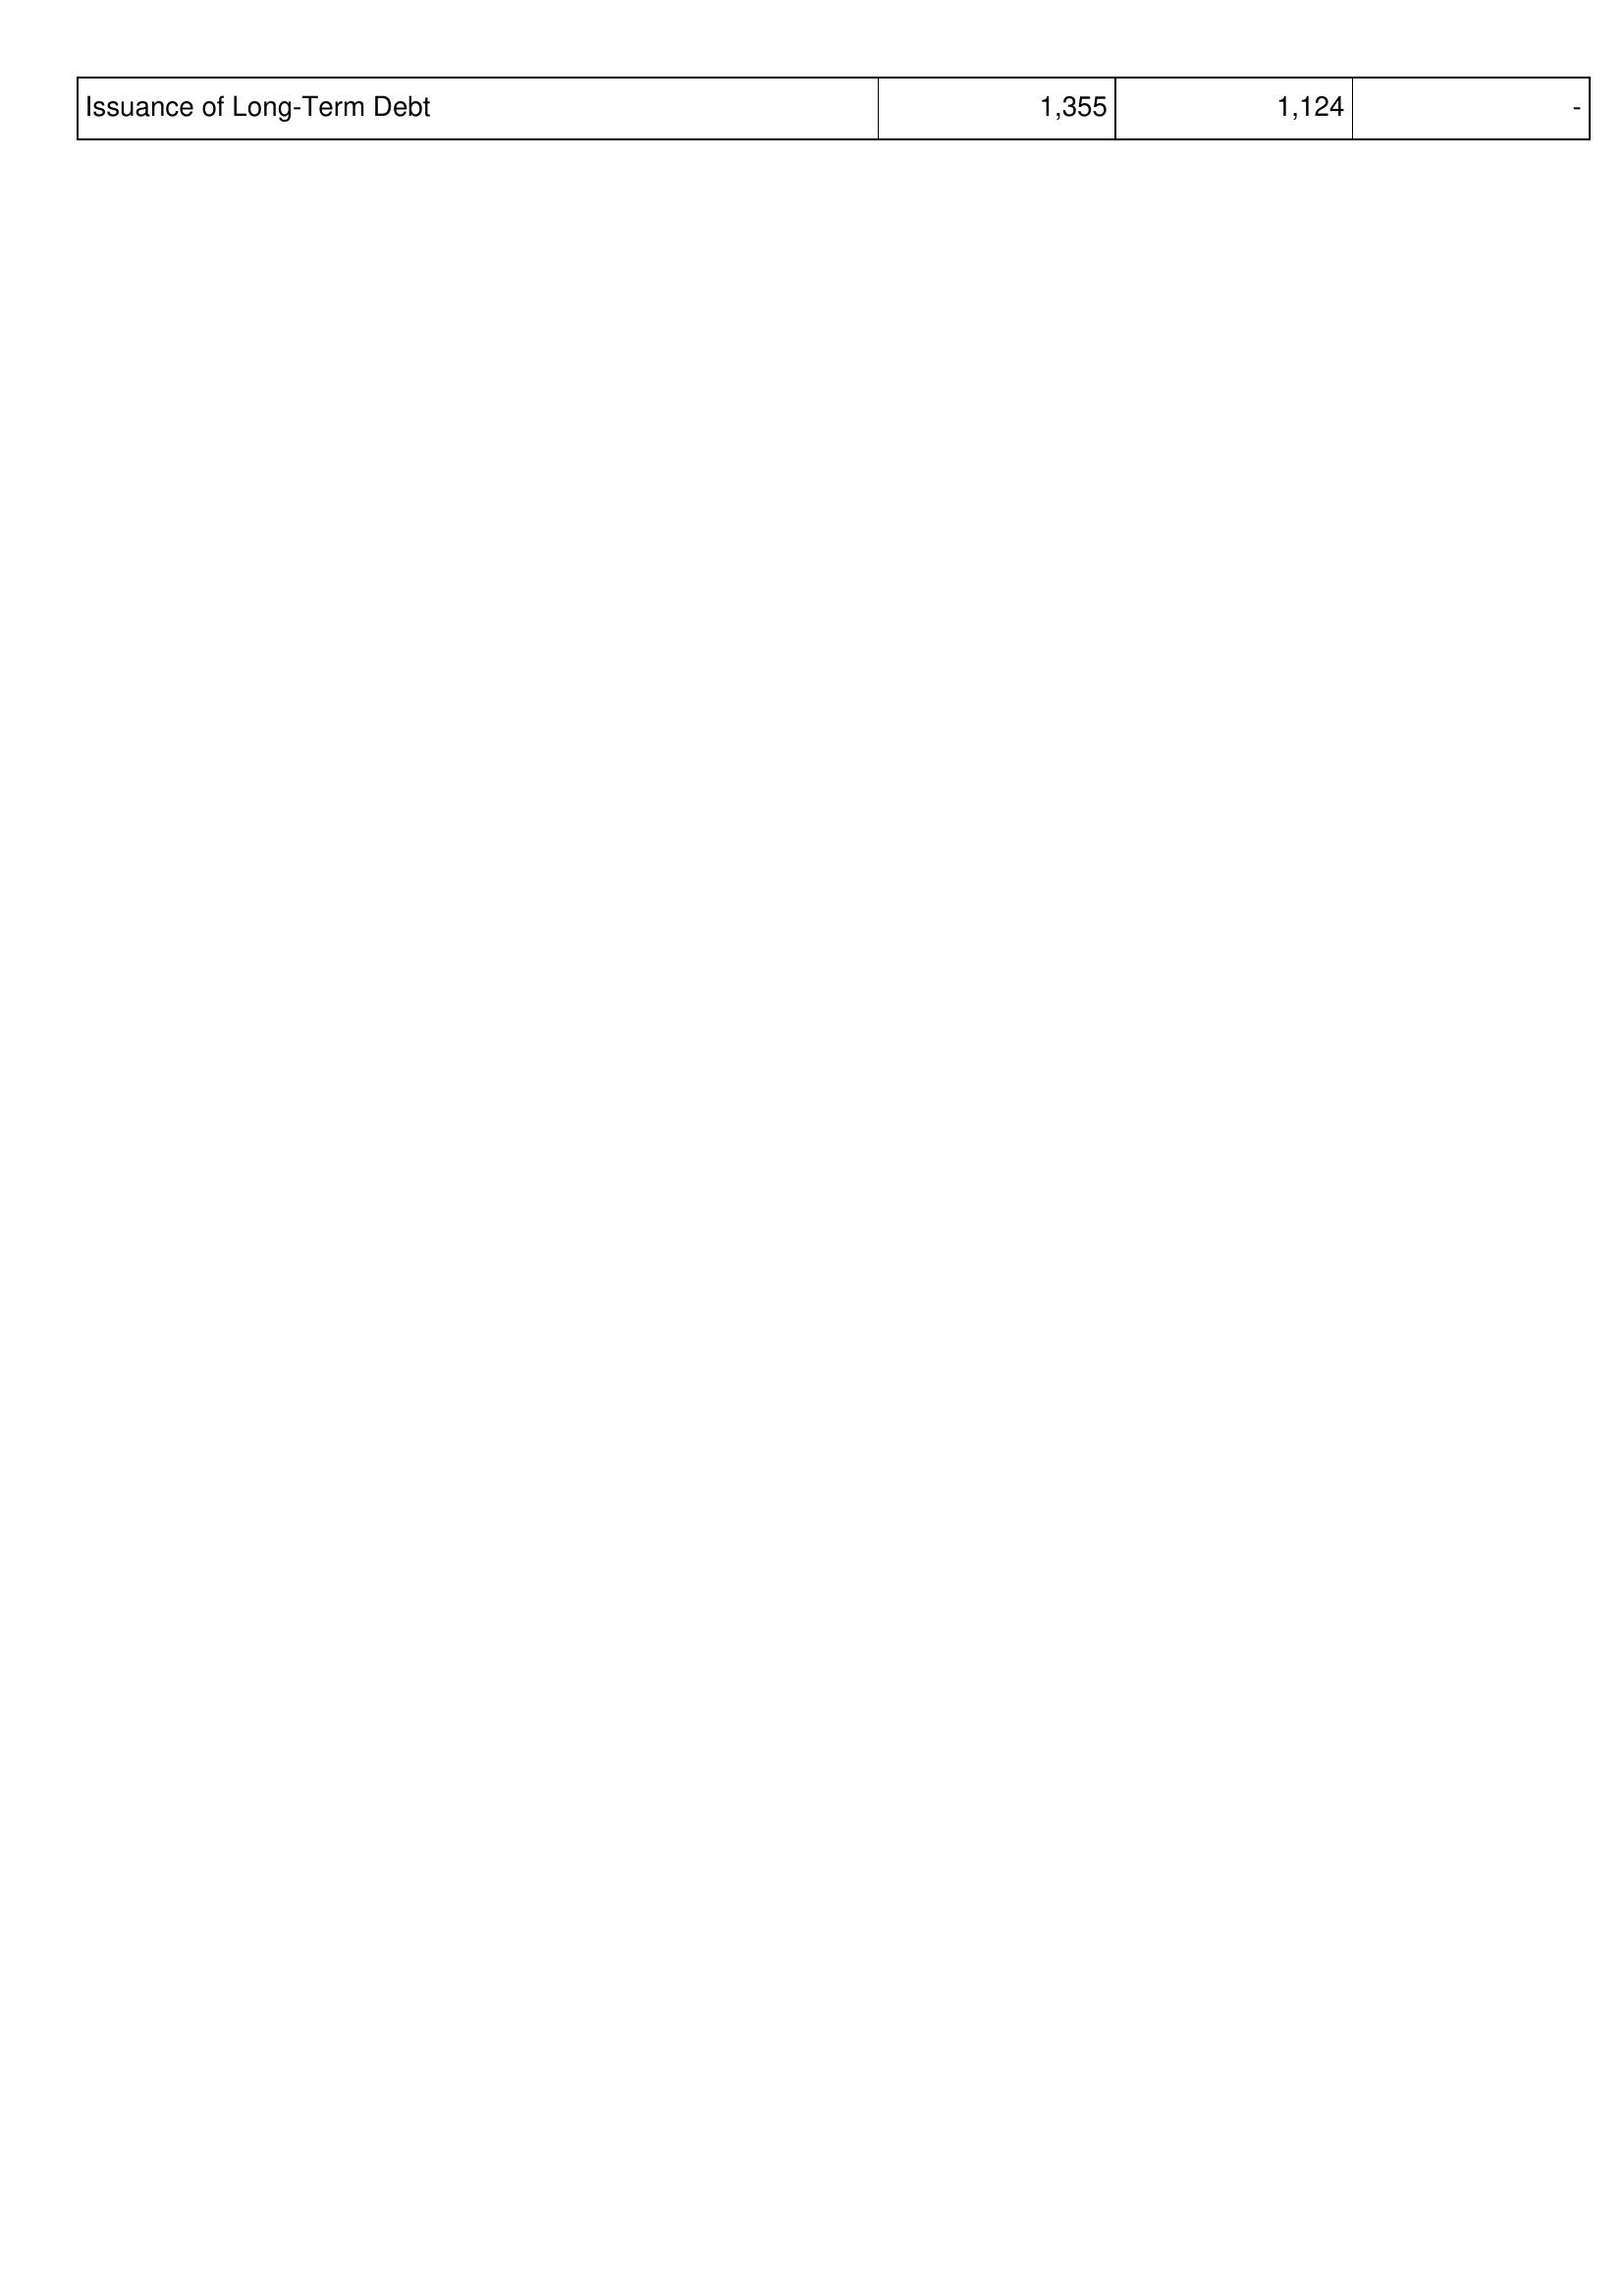
2015: Financing Activities: Issuance of Long-Term Debt: 1,355
2014: Financing Activities: Issuance of Long-Term Debt: 1,124
2013: Financing Activities: Issuance of Long-Term Debt: -